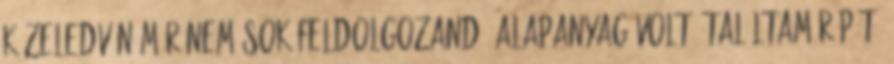
közeledvén már nem sok feldolgozandó alapanyag volt. Találtam répát,